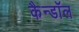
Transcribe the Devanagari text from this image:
कैन्डॉल